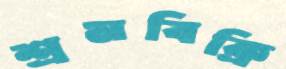
শ্রমবিক্রি